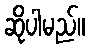
ဆိုပါမည်။